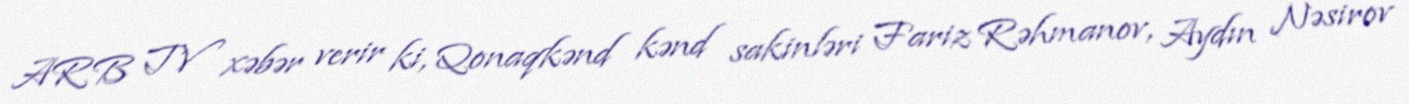
ARB TV xəbər verir ki, Qonaqkənd kənd sakinləri Fariz Rəhmanov, Aydın Nəsirov